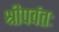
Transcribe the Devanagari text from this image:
श्रीपर्वतः